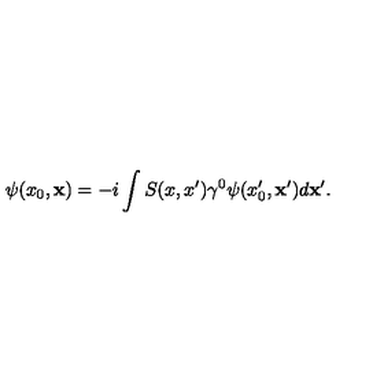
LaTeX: \psi ( x _ { 0 } , { \bf x } ) = - i \int S ( x , x ^ { \prime } ) \gamma ^ { 0 } \psi ( x _ { 0 } ^ { \prime } , { \bf x ^ { \prime } } ) d { \bf x } ^ { \prime } .